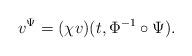
LaTeX: \begin{align*}v^\Psi=(\chi v)(t,\Phi^{-1}\circ\Psi).\end{align*}